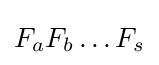
F_{a}F_{b}\dots F_{s}